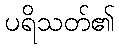
ပရိသတ်၏